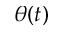
\theta ( t )